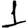
Digit: 1